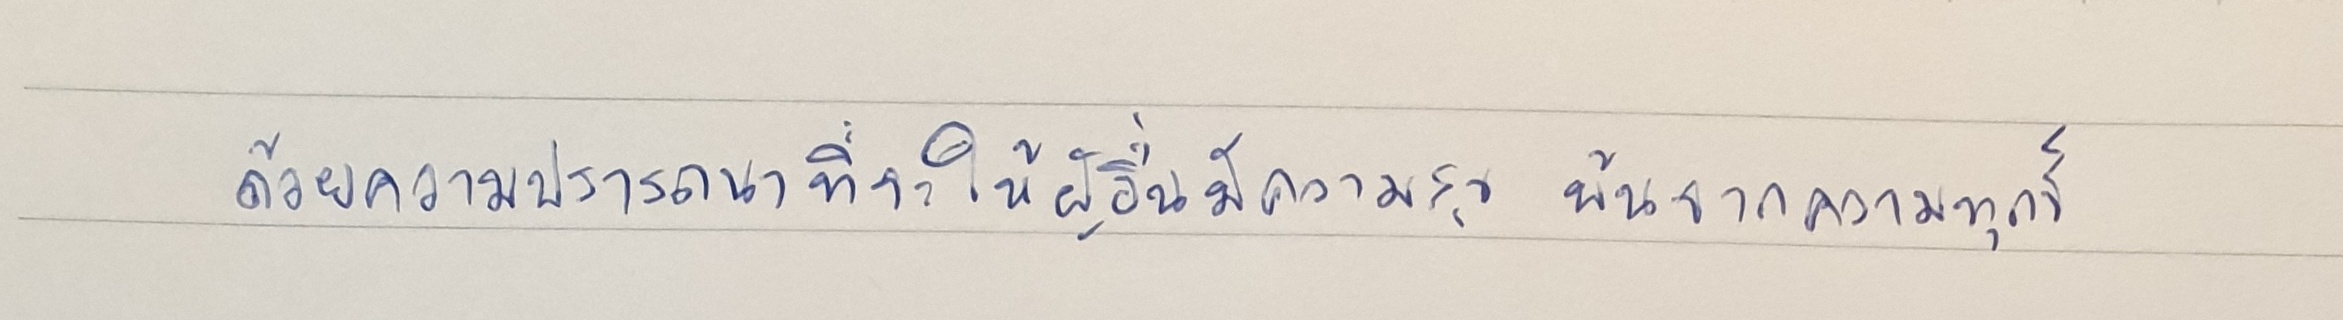
ด้วยความปรารถนาที่จะให้ผู้อื่นมีความสุขพ้นจากความทุกข์